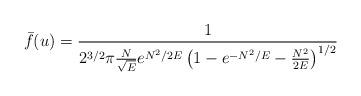
LaTeX: \begin{align*}\bar{f}(u) = \frac{1}{2^{3/2} \pi \frac{N}{\sqrt{E}} e^{N^2/2E} \left ( 1- e^{-N^2/E} - \frac{N^2}{2E} \right)^{1/2}}\end{align*}